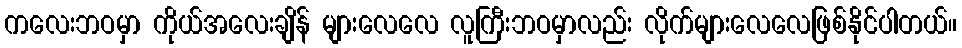
ကလေးဘဝမှာ ကိုယ်အလေးချိန် များလေလေ လူကြီးဘဝမှာလည်း လိုက်များလေလေဖြစ်နိုင်ပါတယ်။